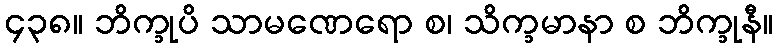
၄၃၈။ ဘိက္ခုပိ သာမဏေရော စ၊ သိက္ခမာနာ စ ဘိက္ခုနီ။